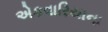
એકવારિયાના